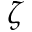
\zeta